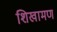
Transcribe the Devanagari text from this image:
शिखामण